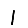
Digit: 1